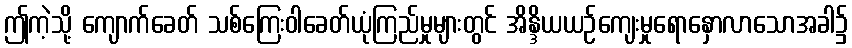
ဤကဲ့သို့ ကျောက်ခေတ် သစ်ကြေးဝါခေတ်ယုံကြည်မှုများတွင် အိန္ဒိယယဉ်ကျေးမှုရောနှောလာသောအခါ၌